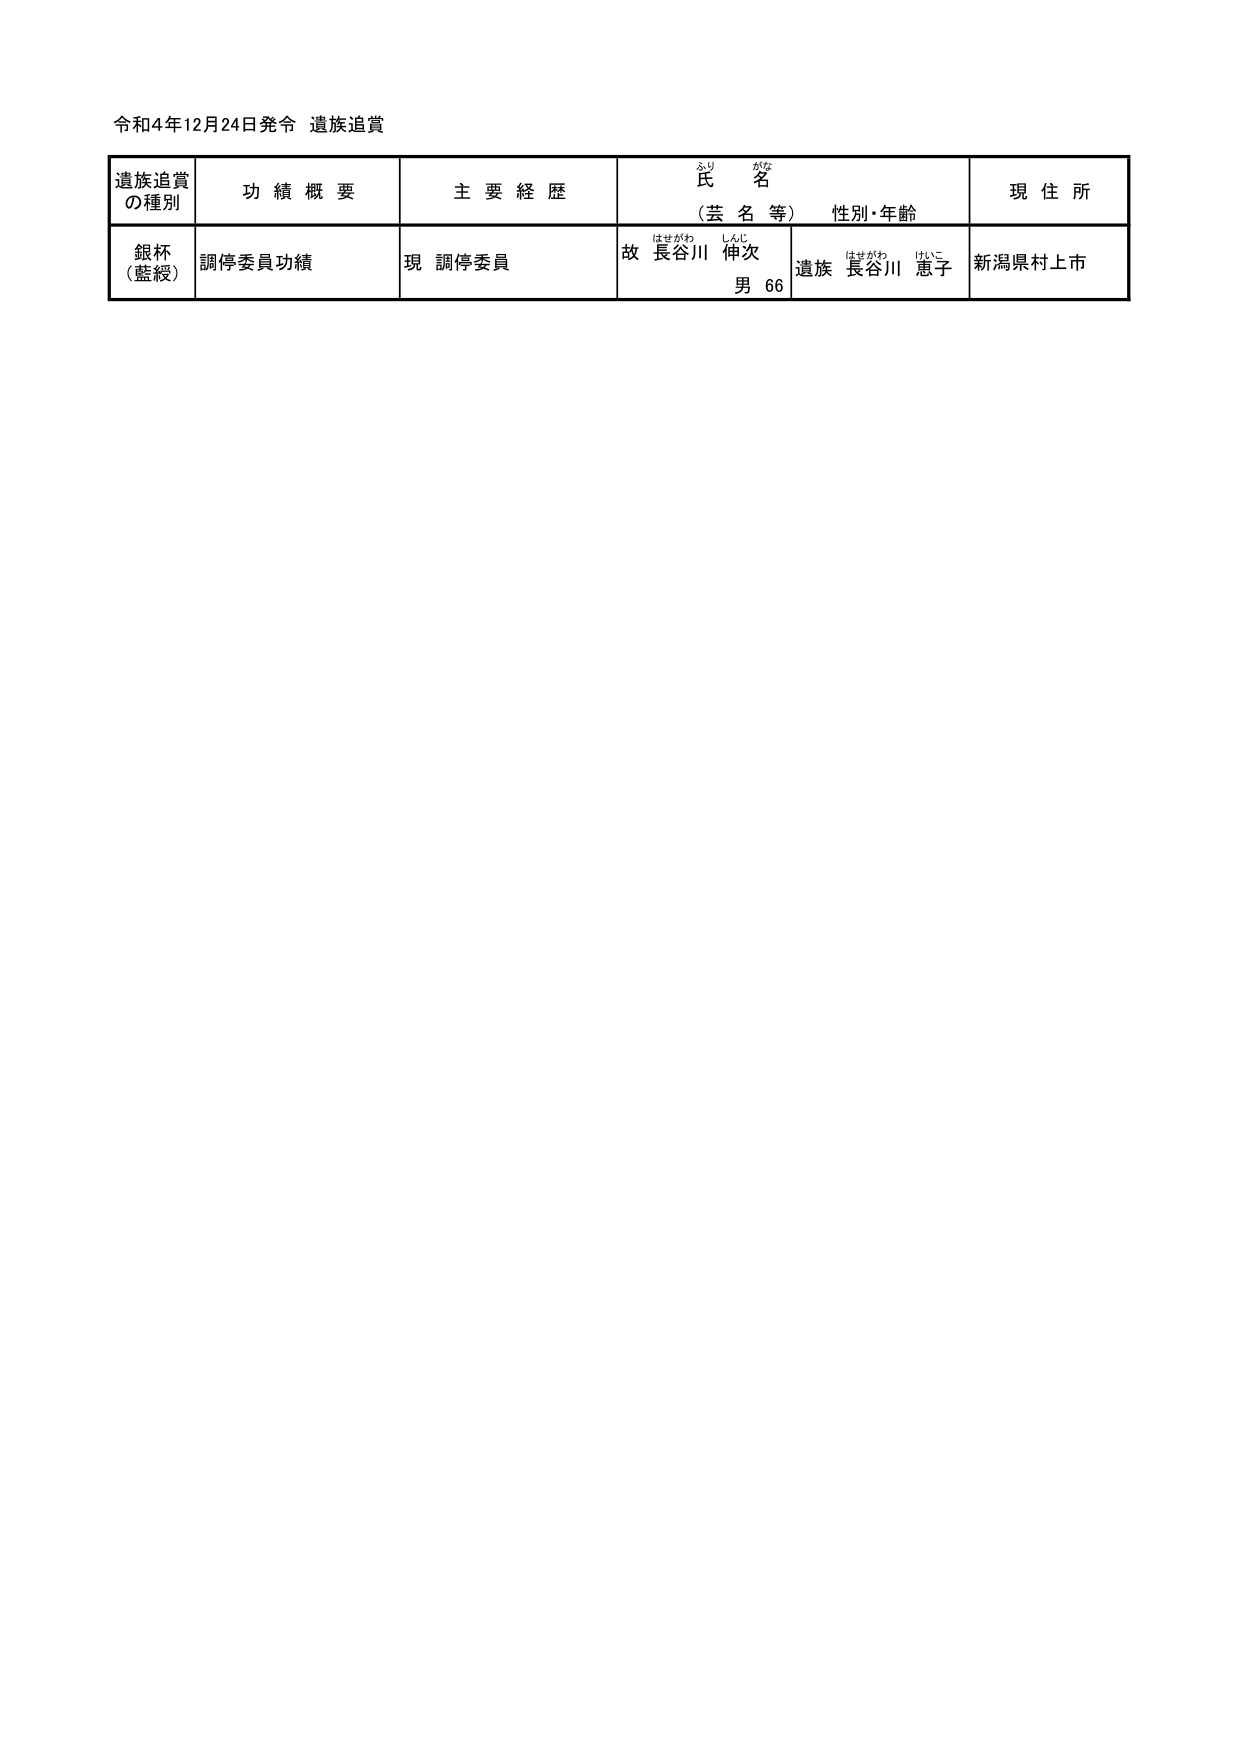
令和4年12月24日発令 遺族追賞

遺族追賞
の種別　　功績概要　　主要経歴　　氏名（芸名等）　　性別・年齢　　現住所

銀杯
（藍綬）　調停委員功績　　現 調停委員　　故 長谷川 伸次　　遺族 長谷川 恵子　　新潟県村上市

はせがわ　しんじ　　男 66　　はせがわ　けいこ